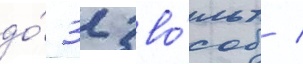
до́ 32 во́льт /